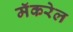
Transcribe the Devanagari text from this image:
मॅकरेल